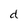
Character: d